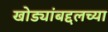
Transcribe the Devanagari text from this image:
खोड्यांबद्दलच्या